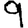
Digit: 9